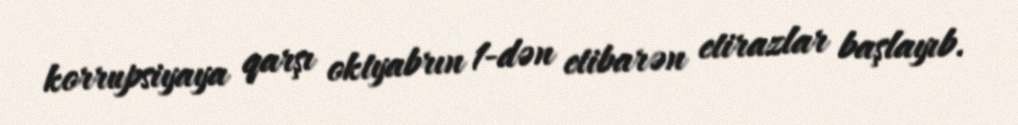
korrupsiyaya qarşı oktyabrın 1-dən etibarən etirazlar başlayıb.